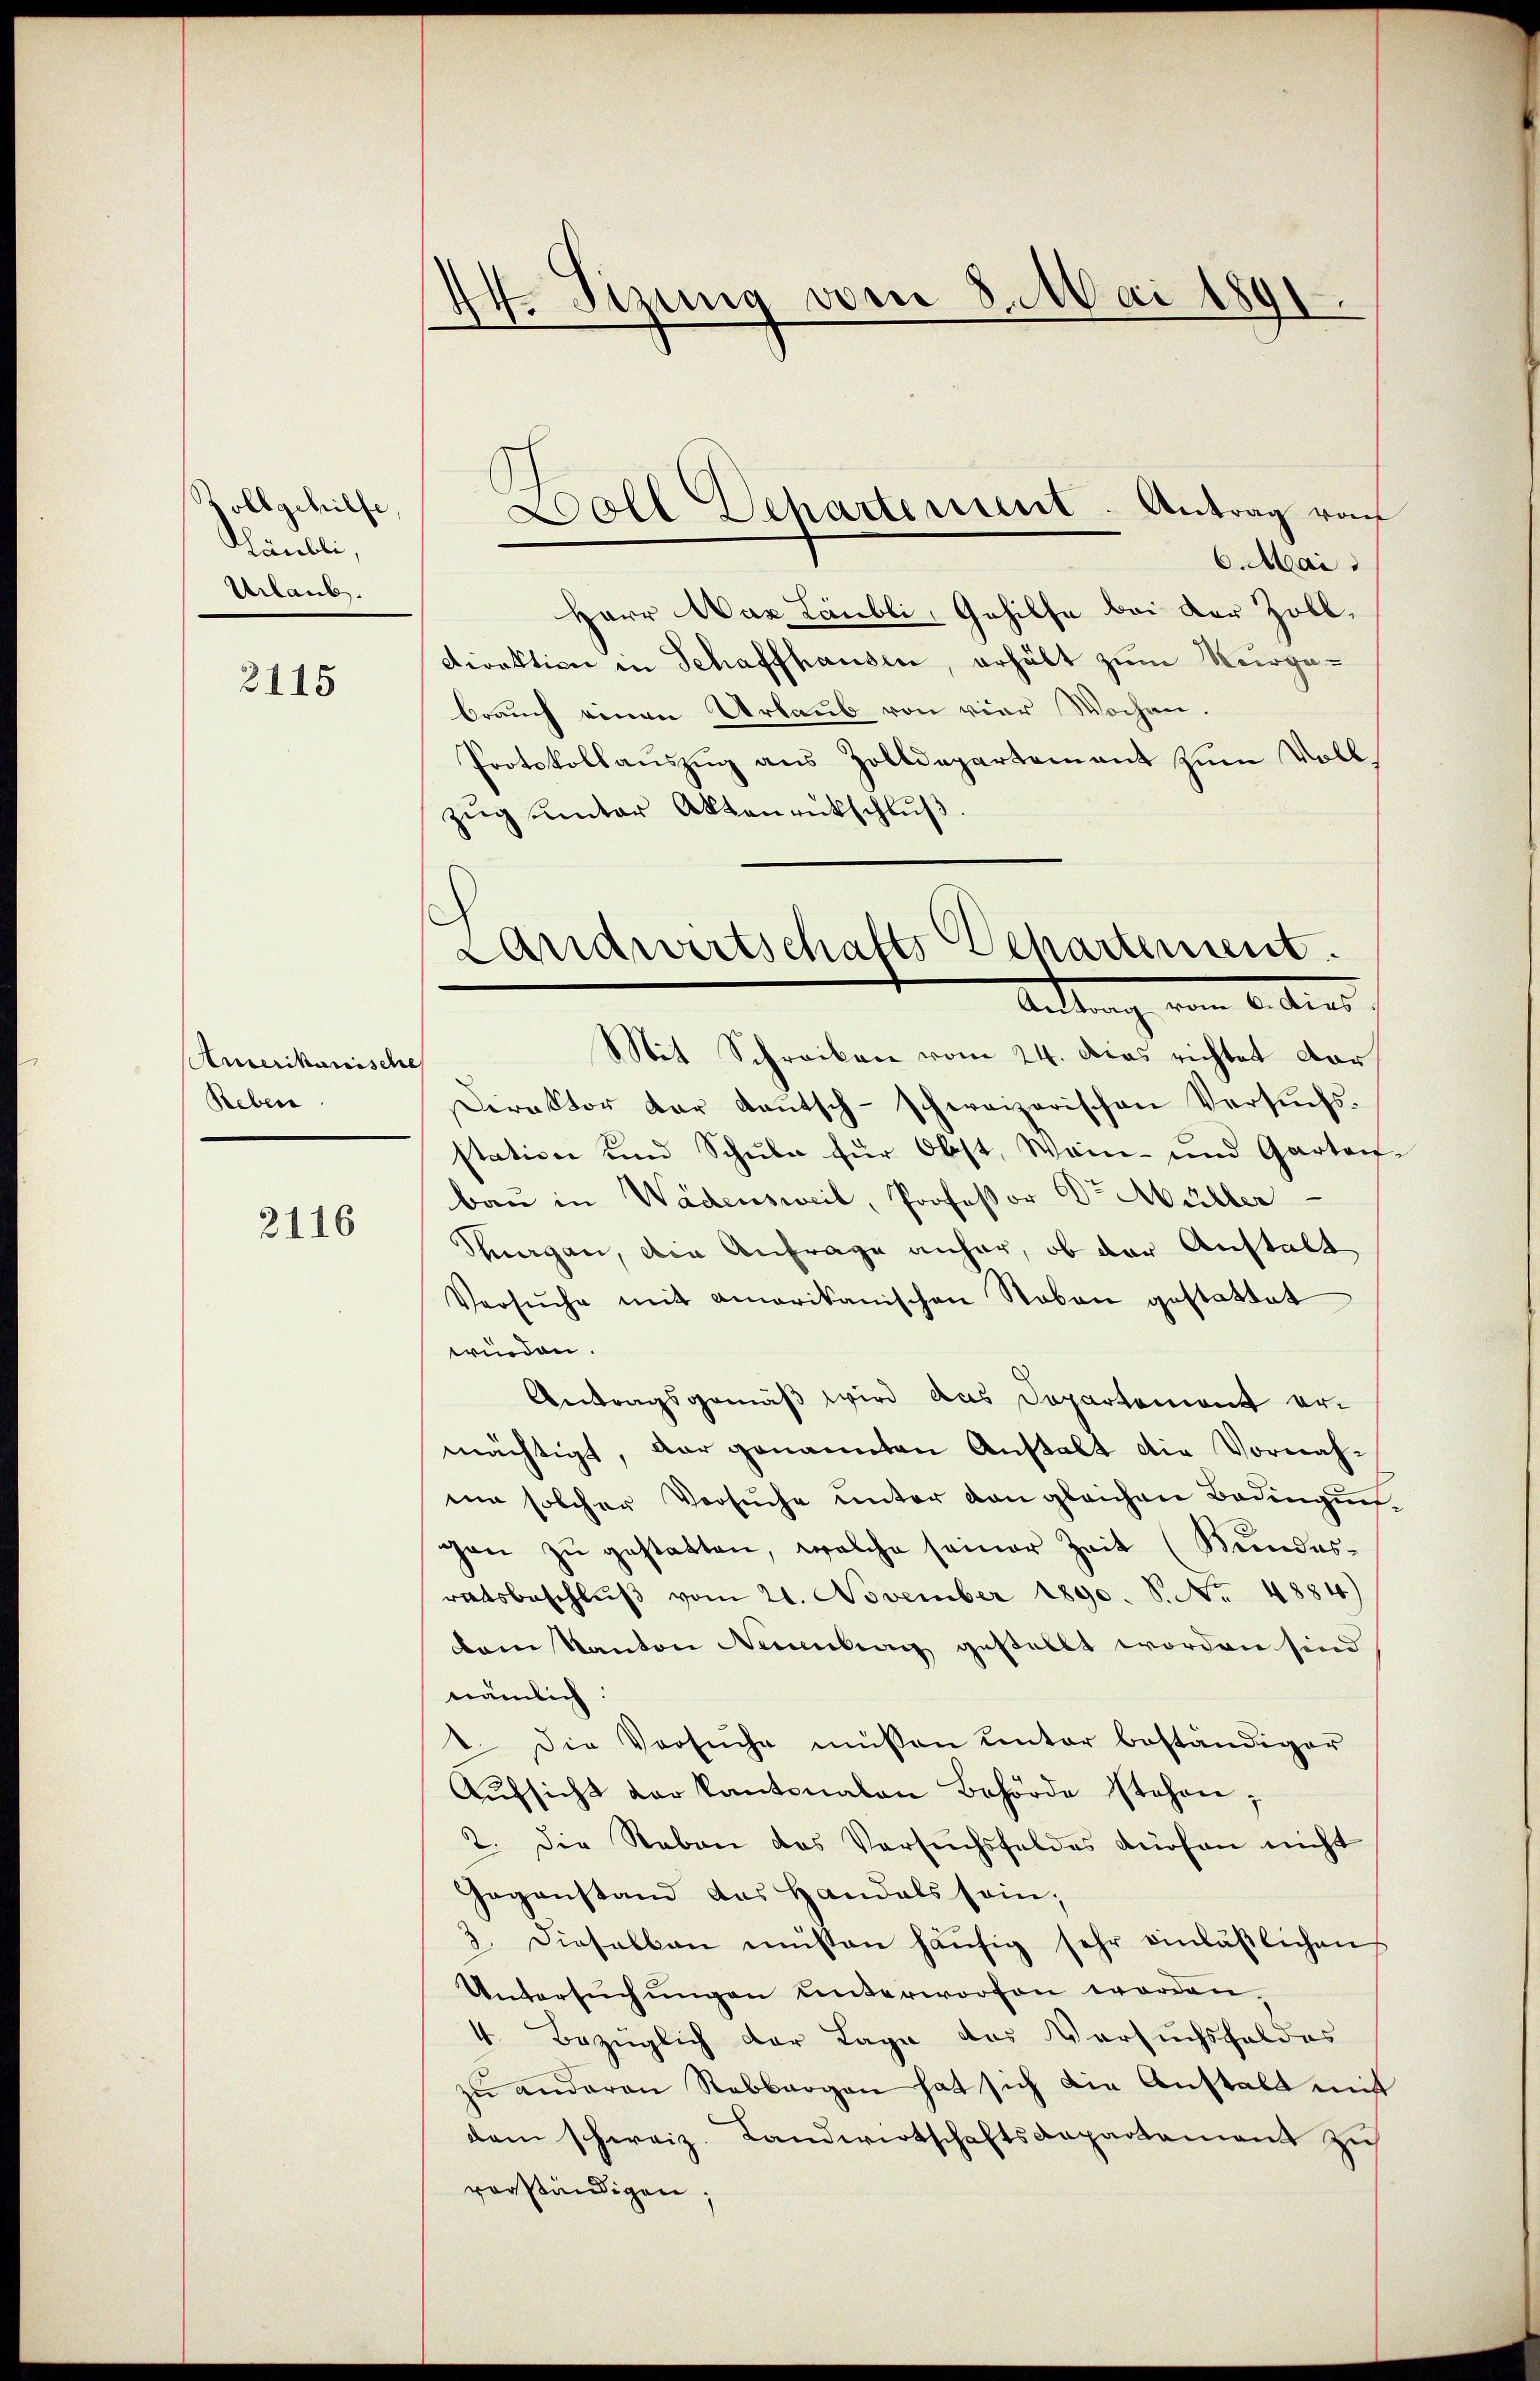
Zollgehilfe
Häubli,
Urlaub.

2115

Auserikanische
Reben

2116

d
I.Stzung vom 8. Mai 1891

Boll Dehartement. Antrag von

Landwirtschafts Departement
Antrag vom 6. dies
Mit Schreiben vom 24. Dies richtet dar

6. Mai.
Herr War Läubli, Gehilfe bei der Zolldirektion in Schaffhausen, erhält zum Morgebraŭch einen Urlaŭb von vier Wochen.
Protokollauszug aus Zolldepartement zum Voll
Zŭg ŭnter Aktenrütschlŭβ:
Direktor der Kautsch-schweizerischen Versuchsstation und Schule für Obst, Wein- und Garten-
baŭ in Wädensweil, Professor Dr. Müller
Thurgan, die Anfrage anhar, ob der Anstalt
Versŭche mit amerikanischen Staben gestattet
wieden.
Antragsgemäß wird das Departement ermächtigt, der genannten Anstalt die Vornahein solcher Versuche unter den gleichen Bedingungan zu gestatten, welche seiner Zeit (Kundesratsbeschlŭβ vom 21. November 1890. S. No. 4884)
dam Kanton Neuenburg gestellt worden sind
nämlich.
1. Die Versuche müssen unter beständiger
Aŭfsicht der Kantonalen Behörde stehen;
2. Die Reben das Versuchsfeldes dürfen nicht
Gegenstand das Handals sein;
3. Dieselben müssen häŭfig sehr einläβlichen
Untersŭchŭngen unterworfen worden.
4. Bezüglich der Lage des Versuchsfeldes
zŭ anderen Rebbargen hat sich die Anstalt mit
dam schweiz. Landwirtschaftsdepartement zu
verständigen;